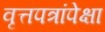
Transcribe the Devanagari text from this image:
वृत्तपत्रांपेक्षा